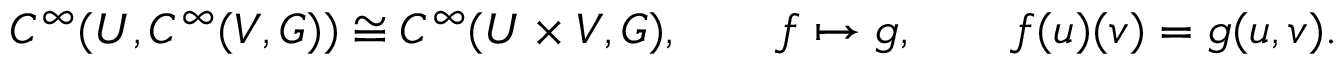
C ^ { \infty } ( U , C ^ { \infty } ( V , G ) ) \cong C ^ { \infty } ( U \times V , G ) , \qquad f \mapsto g , \qquad f ( u ) ( v ) = g ( u , v ) .